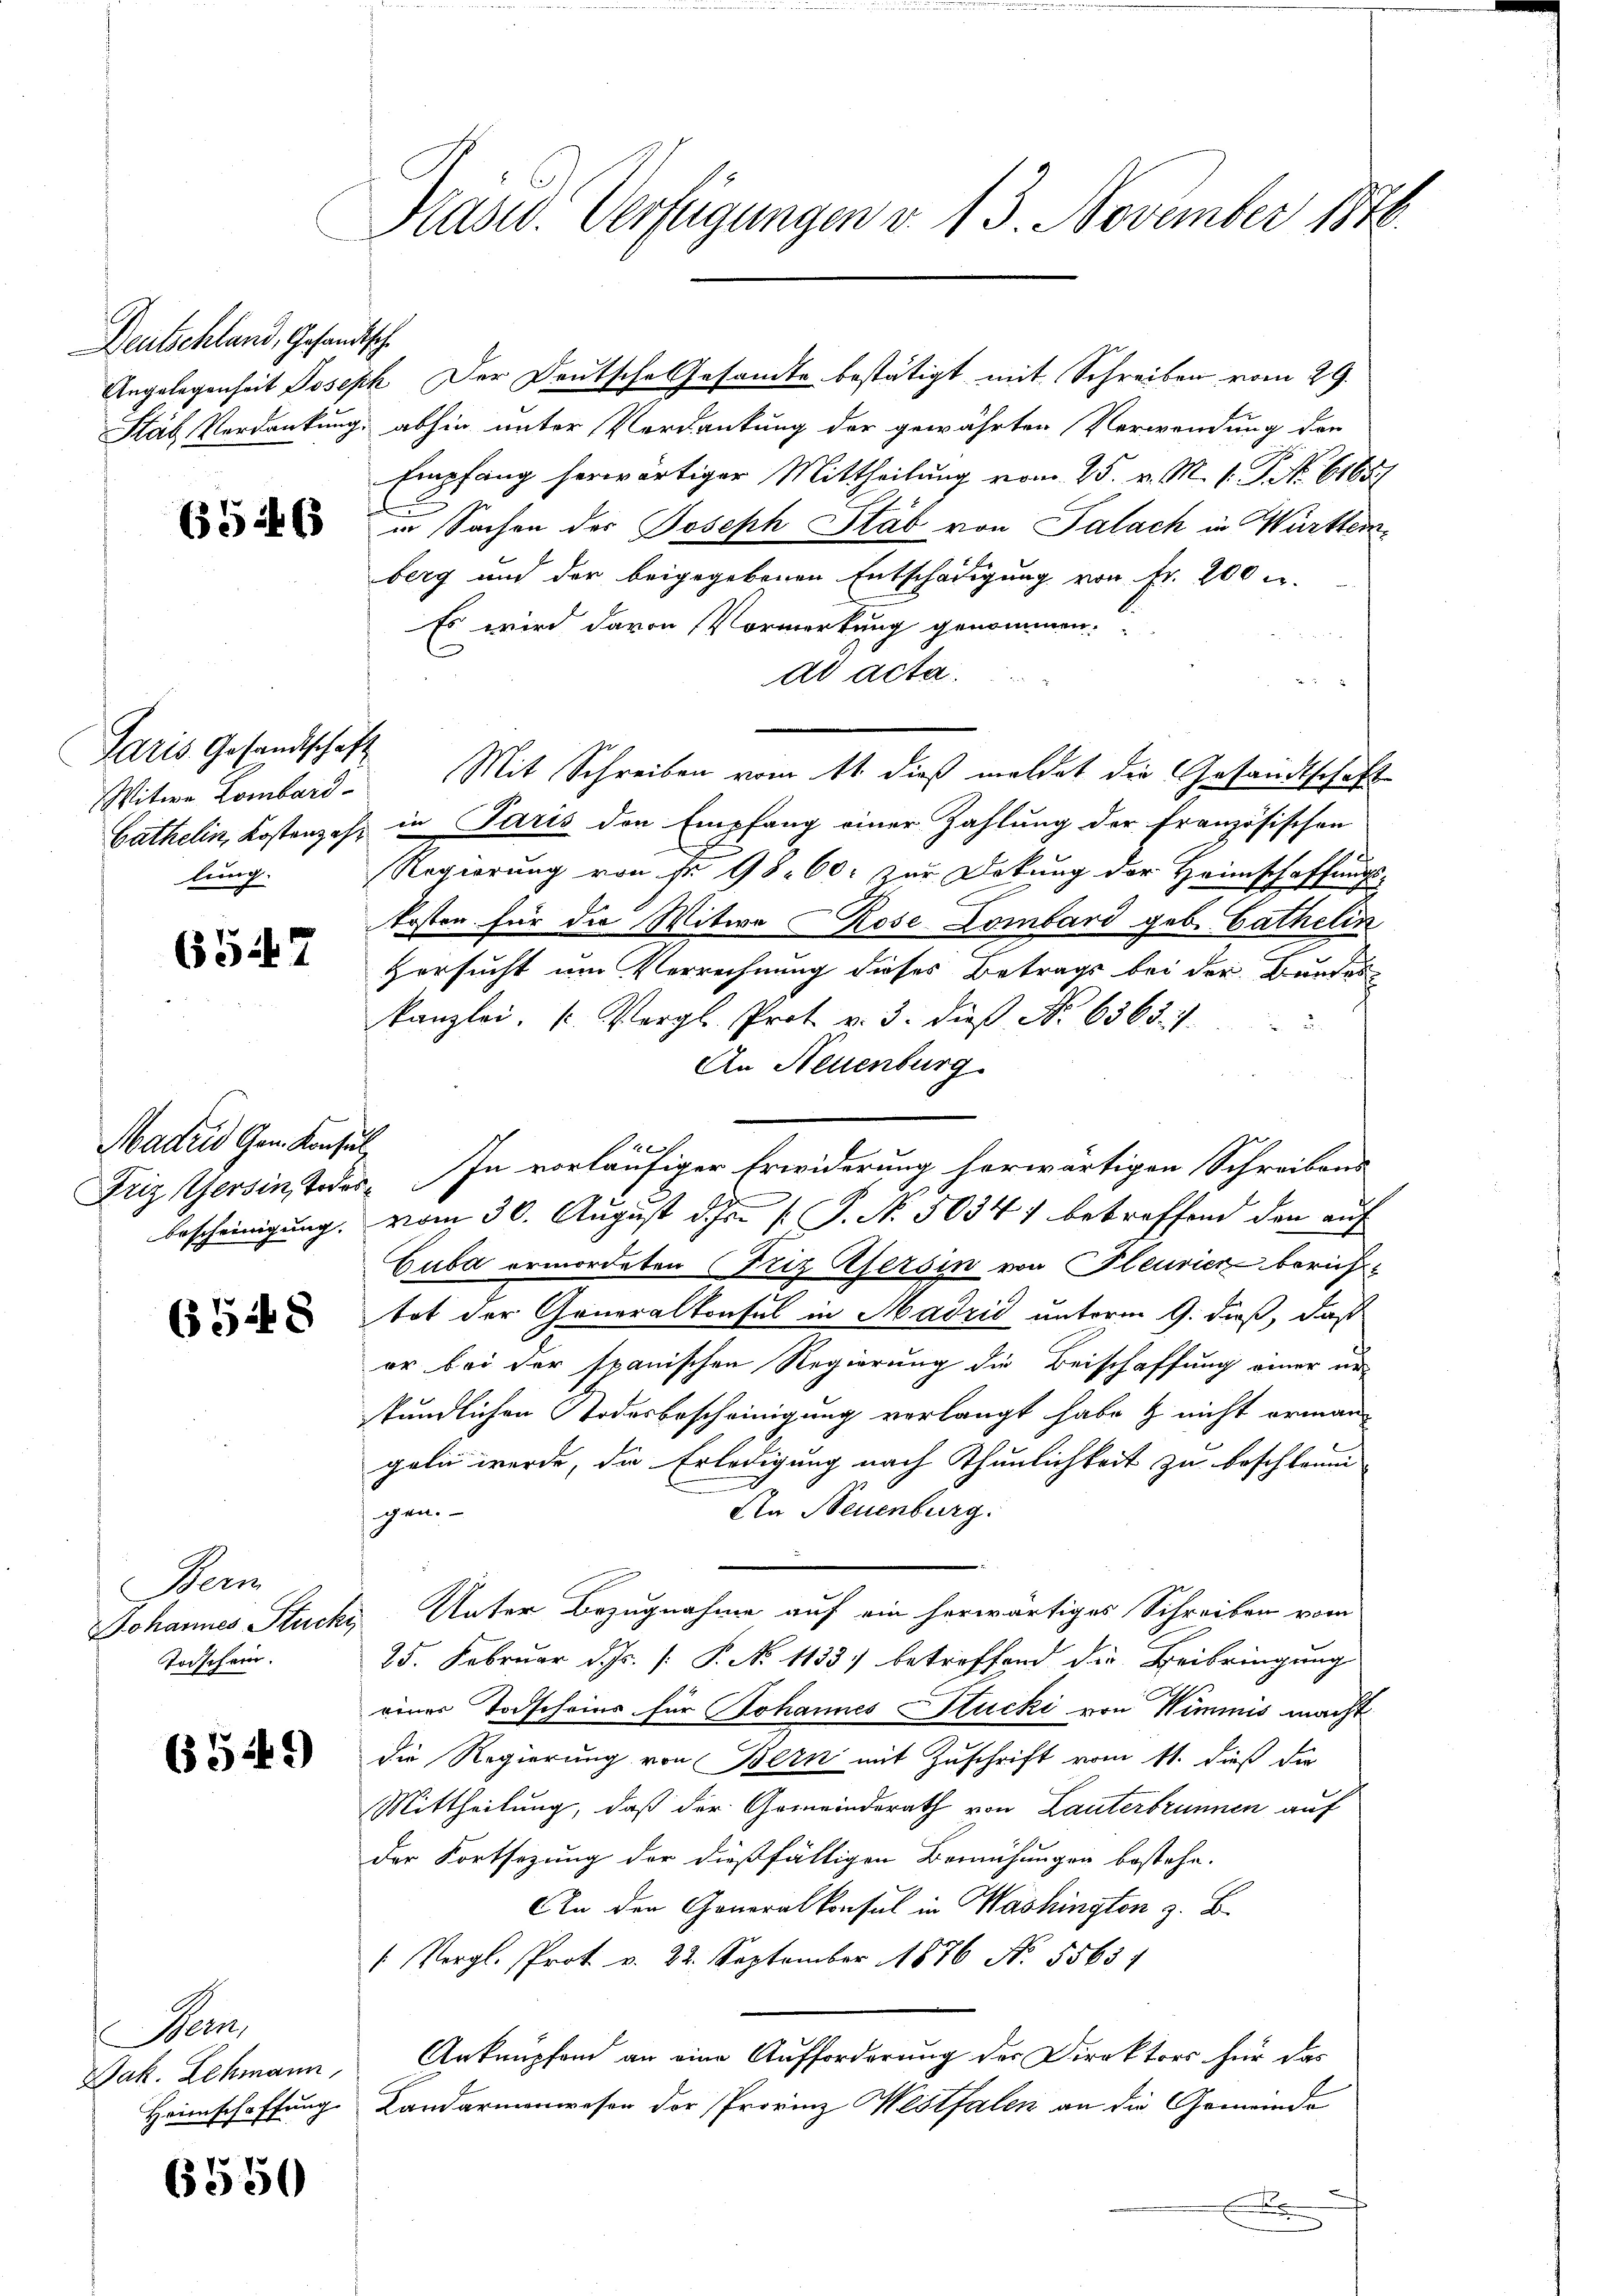
Deutschland, Gesandtsche
Stäb Verdankung.

65463

Paris Gesandtschaft
Witwe Lombard
Cathelin, Kostenzahlung

6547

Madrid Gem. Konsul
bescheinigung.

6548

Dem
Johannes Stucki
Todschein.

659

Ba
Jak. Lehmann,
Heimschaffung.

6550

Präsid. Verfügungen v. 13. November 1848.

Angelegenheit Joseph Der Deutsche Gesandte bestätigt mit Schreiben vom 29.
abhin unter Verdankung der gewährten Verwendung der
Empfang herwärtiger Mittheilung vom 25. v. M. v. P. No. 61687
in Sachen der Joseph Stab von Palach in Württemberg und der beigegebenen Entschädigung von Fr. 200 u.
Es wird davon Vormerkung genommen:
ad acta.
Mit Schreiben vom 11 dieß meldet die Gesandtschaft
in Paris den Empfang einer Zahlung der Französischen
Regierung von Fr. 98. 60. zur Dokung der Heimschaffungs-
kosten für die Witwe Rose Lombard geb. Cathelin
Versucht um Verrechnung dieses Betrags bei der Bundes-
kanzlei, u. Vergl. Prot v. 3. dieβ No 6363. 1
An Neuenburg
Friz Gersinsteder. In vorläufiger Erwiderung herwärtigen Schreibens
vom 30. August d. J. P. No. 50347 betreffend den auf
Cuba ermordeten Friz Pfersin von Pleuricz berichtot der Generalkonsul in Hadzić unterm 9. dieß, daß
er bei der spanischen Regierung die Beischaffung einer ur-
stündlichen Todesbescheinigung verlangt habe & nicht erman-
geln werde, die Erledigung nach Thunlichkeit zu beschleun
.
An Neuenburg.
gen.
Unter Bezugnahme auf ein herwärtiges Schreiben vom
25. Februar d. Js. [ P. No 1133. betreffend die Beibringung
einer Todscheins für Johannes Stucki von Wimmis macht
die Regierung von Bern mit Zuschrift vom 11. dieß die
Mittheilung, daß der Gemeinderath von Lauterbrunnen auf
der Fortsezung der dießfälligen Bemühungen bestehe.
An den Generalkonsul in Washington z. B.
(Vergl. Prot. v. 22. September 1876 No. 5563.
Anknüpfen an eine Aufforderung der Direktors für das
Landarmenwesen der Provinz Westfalen an die Gemeinde
x